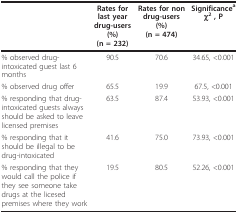
|  | Rates for last year drug-users(%)(n = 232) | Rates for non drug-users(%)(n = 474) | Significanceaχ2 , P |
 | --- | --- | --- | --- |
 | % observed drug-intoxicated guest last 6 months | 90.5 | 70.6 | 34.65, <0.001 |
 | % observed drug offer | 65.5 | 19.9 | 67.5, <0.001 |
 | % responding that drug-intoxicated guests always should be asked to leave licensed premises | 63.5 | 87.4 | 53.93, <0.001 |
 | % responding that it should be illegal to be drug-intoxicated | 41.6 | 75.0 | 73.93, <0.001 |
 | % responding that they would call the police if they see someone take drugs at the licesed premises where they work | 19.5 | 80.5 | 52.26, <0.001 |